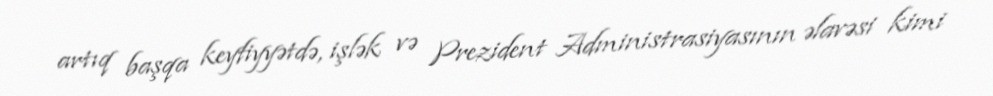
artıq başqa keyfiyyətdə, işlək və Prezident Administrasiyasının əlavəsi kimi